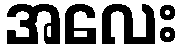
အလေး